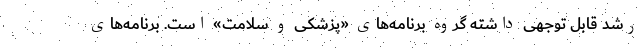
رشد قابل توجهی داشته گروه برنامه‌های «پزشکی و سلامت» است. برنامه‌های